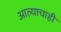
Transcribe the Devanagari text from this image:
आल्याचाही